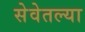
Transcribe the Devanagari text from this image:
सेवेतल्या